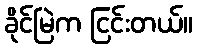
ခိုင်မြဲက ငြင်းတယ်။